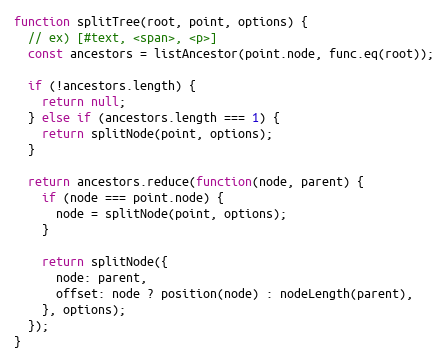
Language: JavaScript
function splitTree(root, point, options) {
  // ex) [#text, <span>, <p>]
  const ancestors = listAncestor(point.node, func.eq(root));

  if (!ancestors.length) {
    return null;
  } else if (ancestors.length === 1) {
    return splitNode(point, options);
  }

  return ancestors.reduce(function(node, parent) {
    if (node === point.node) {
      node = splitNode(point, options);
    }

    return splitNode({
      node: parent,
      offset: node ? position(node) : nodeLength(parent),
    }, options);
  });
}